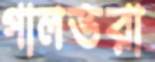
গালভরা